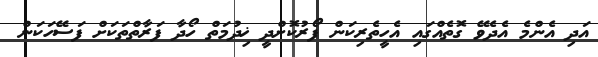
އަދި އެންމެ އެދެވޭ ގޮތެއްގައި އެހީތެރިކަން ފޯރުކޮށްދީ ޚިދުމަތް ހޯދާ ފަރާތްތަކަށް ފަސޭހަކަން